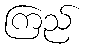
ကြည်